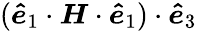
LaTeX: (\boldsymbol{\hat{e}}_{1}\cdot\boldsymbol{H}\cdot\boldsymbol{\hat{e}}_{1})\cdot\boldsymbol{\hat{e}}_{3}